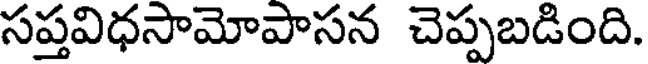
సప్తవిధసామోపాసన చెప్పబడింది.